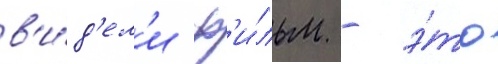
в'и́д'ел'и ф'и́льм - э́то